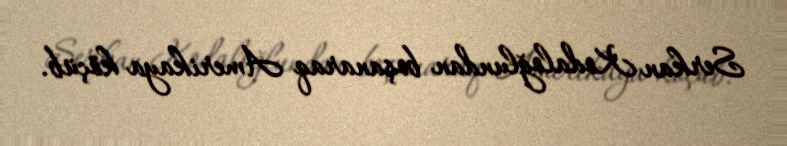
Serkan Kodaloğlundan boşanaraq Amerikaya köçüb.